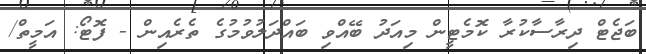
ބަޖެޓް ދިރާސާކުރާ ކޮމެޓީން މިއަދު ބޭއްވި ބައްދަލުވުމުގެ ތެރެއިން - ފޮޓޯ: އަމީތް/